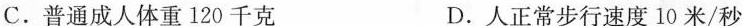
C.普通承认体重120千克 D.人正常步行速度10米/秒